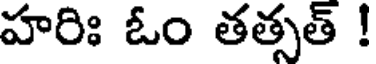
హరిః ఓం తత్సత్ !